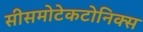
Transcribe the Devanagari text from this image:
सीसमोटेकटोनिक्‍स